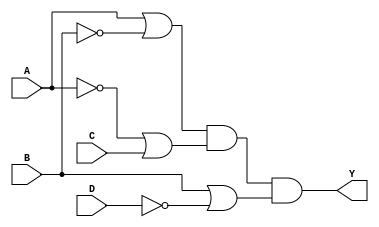
module pos_simplification(
    input wire A,        // Input variable A
    input wire B,        // Input variable B
    input wire C,        // Input variable C
    input wire D,        // Input variable D
    output wire Y        // Output Y (result of the Product of Sums)
);

// Define the individual sum terms
wire sum1; // A + B'
wire sum2; // A' + C
wire sum3; // B + D'

// Sum term 1: A + ~B
assign sum1 = A | ~B;

// Sum term 2: ~A + C
assign sum2 = ~A | C;

// Sum term 3: B + ~D
assign sum3 = B | ~D;

// Final output Y: Product of the sum terms
assign Y = sum1 & sum2 & sum3;

endmodule